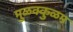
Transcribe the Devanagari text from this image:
मुळक्कुळम